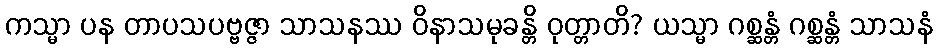
ကသ္မာ ပန တာပသပဗ္ဗဇ္ဇာ သာသနဿ ဝိနာသမုခန္တိ ဝုတ္တာတိ? ယသ္မာ ဂစ္ဆန္တံ ဂစ္ဆန္တံ သာသနံ